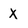
Character: x